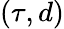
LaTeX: (\tau,d)